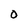
Character: 0